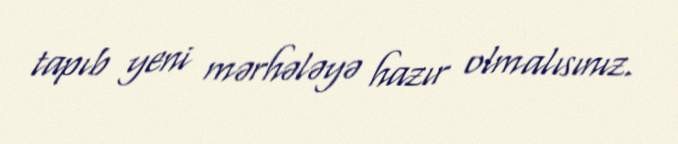
tapıb yeni mərhələyə hazır olmalısınız.